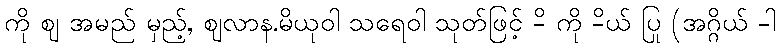
ကို ဈ အမည် မှည့်, ဈလာန.မိယုဝါ သရေဝါ သုတ်ဖြင့် -ိ ကို -ိယ် ပြု (အဂ္ဂိယ် -ါ